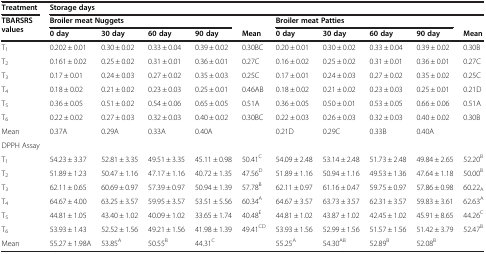
<table><thead><tr><td><b>Treatment</b></td><td colspan="10"><b>Storage days</b></td></tr><tr><td><b>TBARSRS values</b></td><td colspan="4"><b>Broiler meat Nuggets</b></td><td><b> </b></td><td colspan="4"><b>Broiler meat Patties</b></td><td><b> </b></td></tr><tr><td><b> </b></td><td><b>0 day</b></td><td><b>30 day</b></td><td><b>60 day</b></td><td><b>90 day</b></td><td><b>Mean</b></td><td><b>0 day</b></td><td><b>30 day</b></td><td><b>60 day</b></td><td><b>90 day</b></td><td><b>Mean</b></td></tr></thead><tbody><tr><td>T<sub>1</sub></td><td>0.202 ± 0.01</td><td>0.30 ± 0.02</td><td>0.33 ± 0.04</td><td>0.39 ± 0.02</td><td>0.30BC</td><td>0.20 ± 0.01</td><td>0.30 ± 0.02</td><td>0.33 ± 0.04</td><td>0.39 ± 0.02</td><td>0.30B</td></tr><tr><td>T<sub>2</sub></td><td>0.161 ± 0.02</td><td>0.25 ± 0.02</td><td>0.31 ± 0.01</td><td>0.36 ± 0.01</td><td>0.27C</td><td>0.16 ± 0.02</td><td>0.25 ± 0.02</td><td>0.31 ± 0.01</td><td>0.36 ± 0.01</td><td>0.27C</td></tr><tr><td>T<sub>3</sub></td><td>0.17 ± 0.01</td><td>0.24 ± 0.03</td><td>0.27 ± 0.02</td><td>0.35 ± 0.03</td><td>0.25C</td><td>0.17 ± 0.01</td><td>0.24 ± 0.03</td><td>0.27 ± 0.02</td><td>0.35 ± 0.02</td><td>0.25C</td></tr><tr><td>T<sub>4</sub></td><td>0.18 ± 0.02</td><td>0.21 ± 0.02</td><td>0.23 ± 0.03</td><td>0.25 ± 0.01</td><td>0.46AB</td><td>0.18 ± 0.02</td><td>0.21 ± 0.02</td><td>0.23 ± 0.03</td><td>0.25 ± 0.01</td><td>0.21D</td></tr><tr><td>T<sub>5</sub></td><td>0.36 ± 0.05</td><td>0.51 ± 0.02</td><td>0.54 ± 0.06</td><td>0.65 ± 0.05</td><td>0.51A</td><td>0.36 ± 0.05</td><td>0.50 ± 0.01</td><td>0.53 ± 0.05</td><td>0.66 ± 0.06</td><td>0.51A</td></tr><tr><td>T<sub>6</sub></td><td>0.22 ± 0.02</td><td>0.27 ± 0.03</td><td>0.32 ± 0.03</td><td>0.40 ± 0.02</td><td>0.30BC</td><td>0.22 ± 0.03</td><td>0.26 ± 0.03</td><td>0.32 ± 0.03</td><td>0.40 ± 0.02</td><td>0.30B</td></tr><tr><td>Mean</td><td>0.37A</td><td>0.29A</td><td>0.33A</td><td>0.40A</td><td> </td><td>0.21D</td><td>0.29C</td><td>0.33B</td><td>0.40A</td><td> </td></tr><tr><td>DPPH Assay</td><td> </td><td> </td><td> </td><td> </td><td> </td><td> </td><td> </td><td> </td><td> </td><td> </td></tr><tr><td>T<sub>1</sub></td><td>54.23 ± 3.37</td><td>52.81 ± 3.35</td><td>49.51 ± 3.35</td><td>45.11 ± 0.98</td><td>50.41<sup>C</sup></td><td>54.09 ± 2.48</td><td>53.14 ± 2.48</td><td>51.73 ± 2.48</td><td>49.84 ± 2.65</td><td>52.20<sup>B</sup></td></tr><tr><td>T<sub>2</sub></td><td>51.89 ± 1.23</td><td>50.47 ± 1.16</td><td>47.17 ± 1.16</td><td>40.72 ± 1.35</td><td>47.56<sup>D</sup></td><td>51.89 ± 1.16</td><td>50.94 ± 1.16</td><td>49.53 ± 1.36</td><td>47.64 ± 1.18</td><td>50.00<sup>B</sup></td></tr><tr><td>T<sub>3</sub></td><td>62.11 ± 0.65</td><td>60.69 ± 0.97</td><td>57.39 ± 0.97</td><td>50.94 ± 1.39</td><td>57.78<sup>B</sup></td><td>62.11 ± 0.97</td><td>61.16 ± 0.47</td><td>59.75 ± 0.97</td><td>57.86 ± 0.98</td><td>60.22<sub>A</sub></td></tr><tr><td>T<sub>4</sub></td><td>64.67 ± 4.00</td><td>63.25 ± 3.57</td><td>59.95 ± 3.57</td><td>53.51 ± 5.56</td><td>60.34<sup>A</sup></td><td>64.67 ± 3.57</td><td>63.73 ± 3.57</td><td>62.31 ± 3.57</td><td>59.83 ± 3.61</td><td>62.63<sup>A</sup></td></tr><tr><td>T<sub>5</sub></td><td>44.81 ± 1.05</td><td>43.40 ± 1.02</td><td>40.09 ± 1.02</td><td>33.65 ± 1.74</td><td>40.48<sup>E</sup></td><td>44.81 ± 1.02</td><td>43.87 ± 1.02</td><td>42.45 ± 1.02</td><td>45.91 ± 8.65</td><td>44.26<sup>C</sup></td></tr><tr><td>T<sub>6</sub></td><td>53.93 ± 1.43</td><td>52.52 ± 1.56</td><td>49.21 ± 1.56</td><td>41.98 ± 1.39</td><td>49.41<sup>CD</sup></td><td>53.93 ± 1.56</td><td>52.99 ± 1.56</td><td>51.57 ± 1.56</td><td>51.42 ± 3.79</td><td>52.47<sup>B</sup></td></tr><tr><td>Mean</td><td>55.27 ± 1.98A</td><td>53.85<sup>A</sup></td><td>50.55<sup>B</sup></td><td>44.31<sup>C</sup></td><td> </td><td>55.25<sup>A</sup></td><td>54.30<sup>AB</sup></td><td>52.89<sup>B</sup></td><td>52.08<sup>B</sup></td><td> </td></tr></tbody></table>